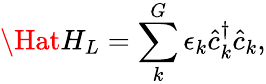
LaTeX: \Hat{H}_{L}=\sum_{k}^{G}\epsilon_{k}\hat{c}_{k}^{\dagger}\hat{c}_{k},